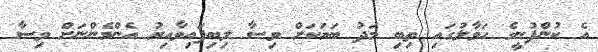
އެ ކުންފުނީގެ ހަވާލުގައި ތިބި މަދު ބަޔަކަށް ވިސާ ލިބިފައިވާއިރު އެންމެންނަށް ވިސާ